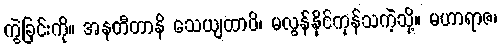
ကွဲခြင်းကို။ အနတီတာနိ သေယျထာပိ၊ မလွန်နိုင်ကုန်သကဲ့သို့။ မဟာရာဇ၊